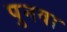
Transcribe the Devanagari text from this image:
पुनवा